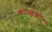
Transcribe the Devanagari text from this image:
कोल्डकोट